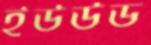
ইউউড